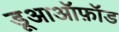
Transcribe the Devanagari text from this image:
डूआऑफ़ॉड